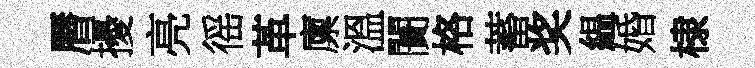
曆擾亮徭革廪溫闠格蓄奖緼婚棣